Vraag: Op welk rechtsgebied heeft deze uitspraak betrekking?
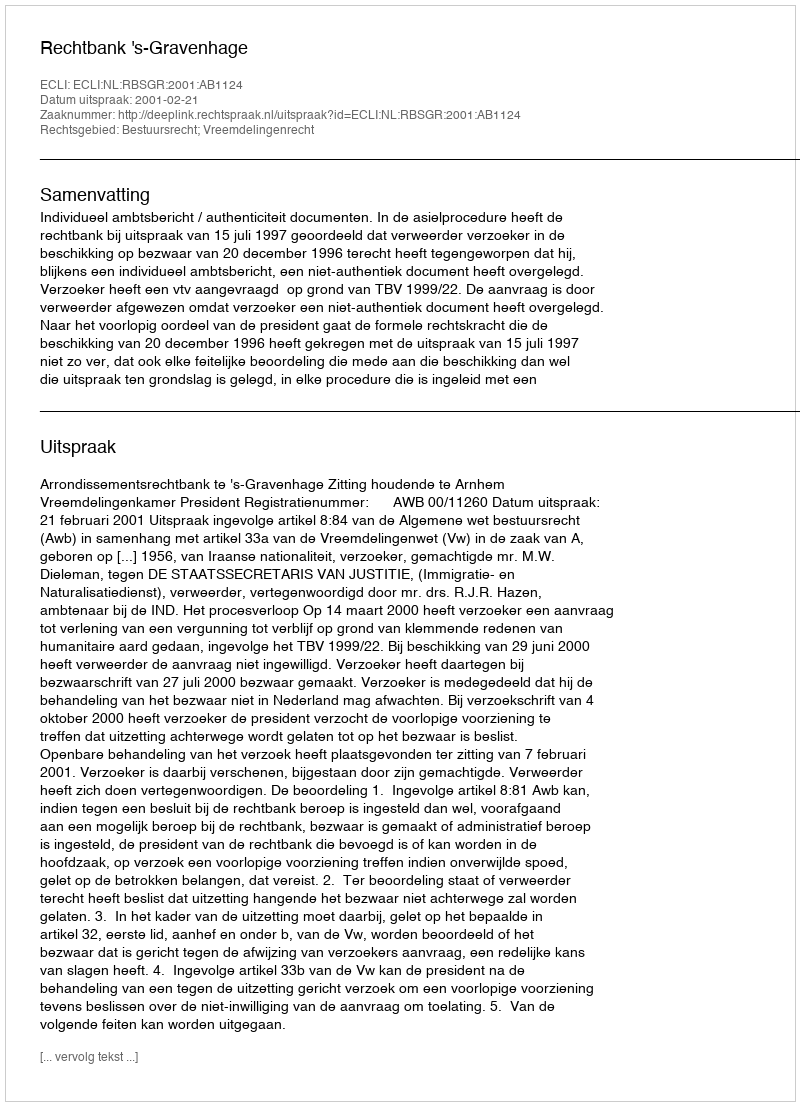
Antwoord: Bestuursrecht; Vreemdelingenrecht